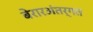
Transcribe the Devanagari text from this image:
बेरारअंतर्गत